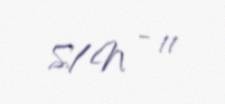
S/N - 11